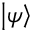
\left\vert \psi \right\rangle